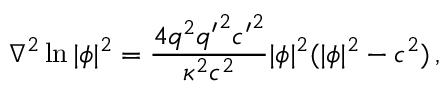
\nabla ^ { 2 } \ln | \phi | ^ { 2 } = \frac { 4 q ^ { 2 } { q ^ { \prime } } ^ { 2 } { c ^ { \prime } } ^ { 2 } } { \kappa ^ { 2 } c ^ { 2 } } | \phi | ^ { 2 } ( | \phi | ^ { 2 } - c ^ { 2 } ) \, ,